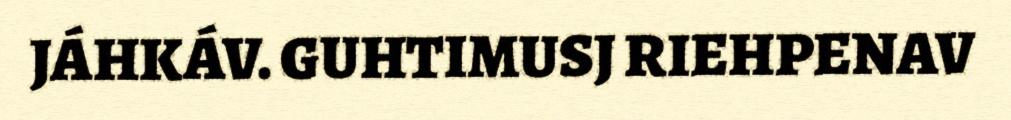
JÁHKÁV. GUHTIMUSJ RIEHPENAV